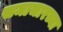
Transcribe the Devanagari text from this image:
समाचारच्या